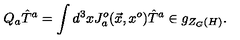
Q _ { a } { \hat { T } } ^ { a } = \int d ^ { 3 } x J _ { a } ^ { o } ( \vec { x } , x ^ { o } ) { \hat { T } } ^ { a } \in g _ { Z _ { G } ( H ) } .